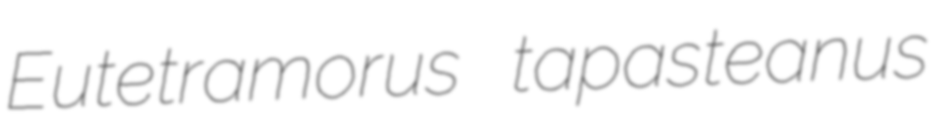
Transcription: Eutetramorus tapasteanus